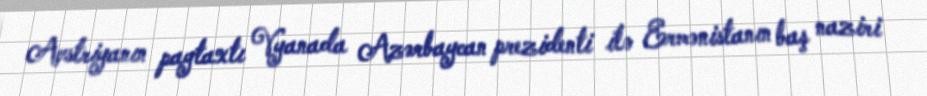
Avstriyanın paytaxtı Vyanada Azərbaycan prezidenti ilə Ermənistanın baş naziri